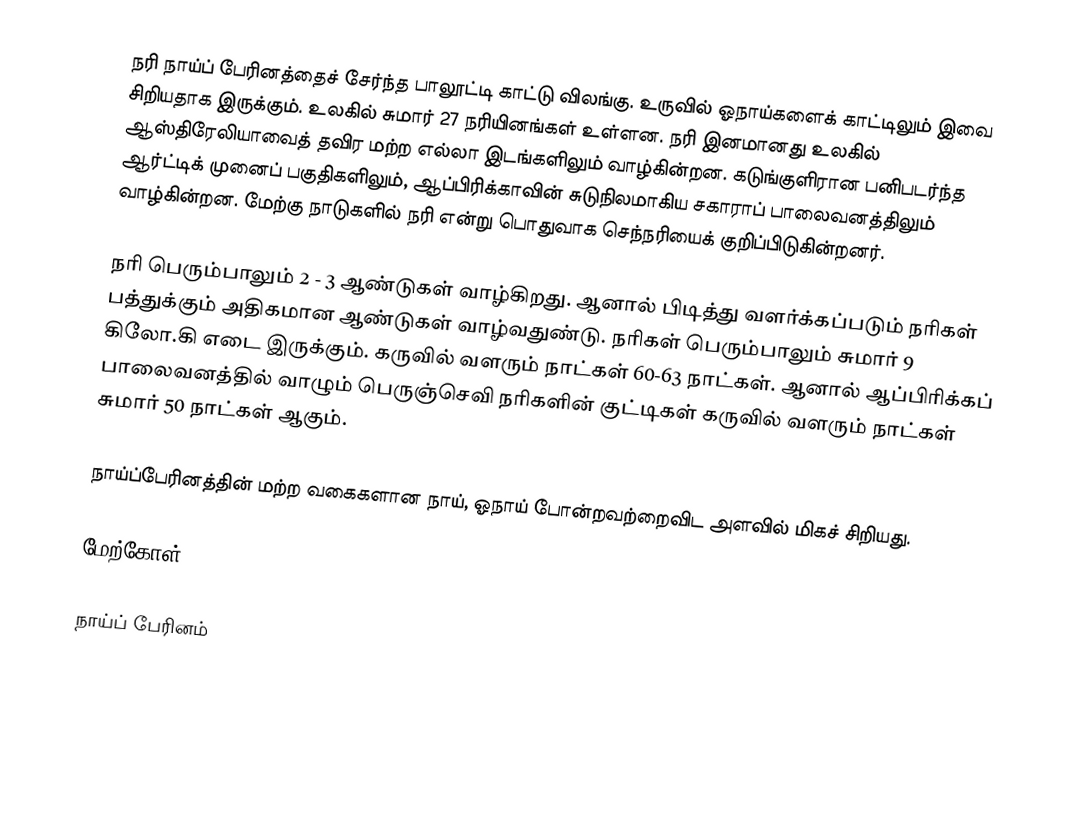
நரி நாய்ப் பேரினத்தைச் சேர்ந்த பாலூட்டி காட்டு விலங்கு. உருவில் ஓநாய்களைக் காட்டிலும் இவை சிறியதாக இருக்கும். உலகில் சுமார் 27 நரியினங்கள் உள்ளன. நரி இனமானது உலகில் ஆஸ்திரேலியாவைத் தவிர மற்ற எல்லா இடங்களிலும் வாழ்கின்றன. கடுங்குளிரான பனிபடர்ந்த ஆர்ட்டிக் முனைப் பகுதிகளிலும், ஆப்பிரிக்காவின் சுடுநிலமாகிய சகாராப் பாலைவனத்திலும் வாழ்கின்றன. மேற்கு நாடுகளில் நரி என்று பொதுவாக செந்நரியைக் குறிப்பிடுகின்றனர்.

நரி பெரும்பாலும் 2 - 3 ஆண்டுகள் வாழ்கிறது. ஆனால் பிடித்து வளர்க்கப்படும் நரிகள் பத்துக்கும் அதிகமான ஆண்டுகள் வாழ்வதுண்டு. நரிகள் பெரும்பாலும் சுமார் 9 கிலோ.கி எடை இருக்கும். கருவில் வளரும் நாட்கள் 60-63 நாட்கள். ஆனால் ஆப்பிரிக்கப் பாலைவனத்தில் வாழும் பெருஞ்செவி நரிகளின் குட்டிகள் கருவில் வளரும் நாட்கள் சுமார் 50 நாட்கள் ஆகும்.

நாய்ப்பேரினத்தின் மற்ற வகைகளான நாய், ஓநாய் போன்றவற்றைவிட அளவில் மிகச் சிறியது.

மேற்கோள்

நாய்ப் பேரினம்